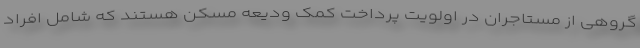
گروهی از مستاجران در اولویت پرداخت کمک ودیعه مسکن هستند که شامل افراد